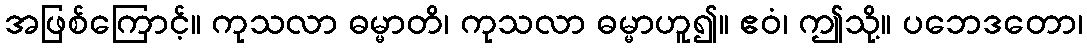
အဖြစ်ကြောင့်။ ကုသလာ ဓမ္မာတိ၊ ကုသလာ ဓမ္မာဟူ၍။ ဧဝံ၊ ဤသို့။ ပဘေဒတော၊